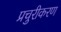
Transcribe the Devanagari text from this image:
प्रचुरीकरण